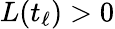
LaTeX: L(t_{\ell})>0